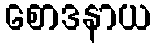
စောဒနာယ